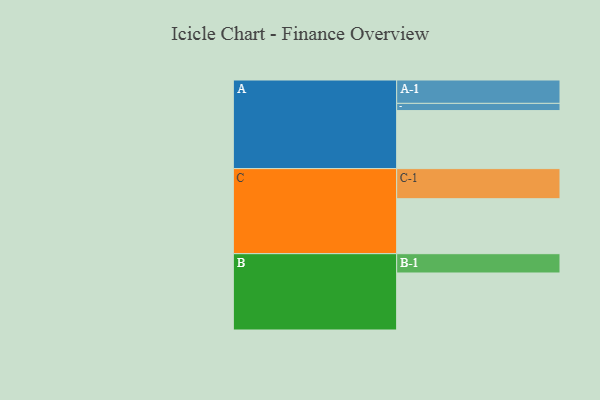
{"axis": {"x": "Segment", "y": "Value"}, "legend": ["", "A", "B", "C"], "data": [{"x": "A", "y": 457, "type": ""}, {"x": "B", "y": 449, "type": ""}, {"x": "C", "y": 433, "type": ""}, {"x": "A-1", "y": 184, "type": "A"}, {"x": "A-2", "y": 57, "type": "A"}, {"x": "B-1", "y": 152, "type": "B"}, {"x": "C-1", "y": 237, "type": "C"}]}